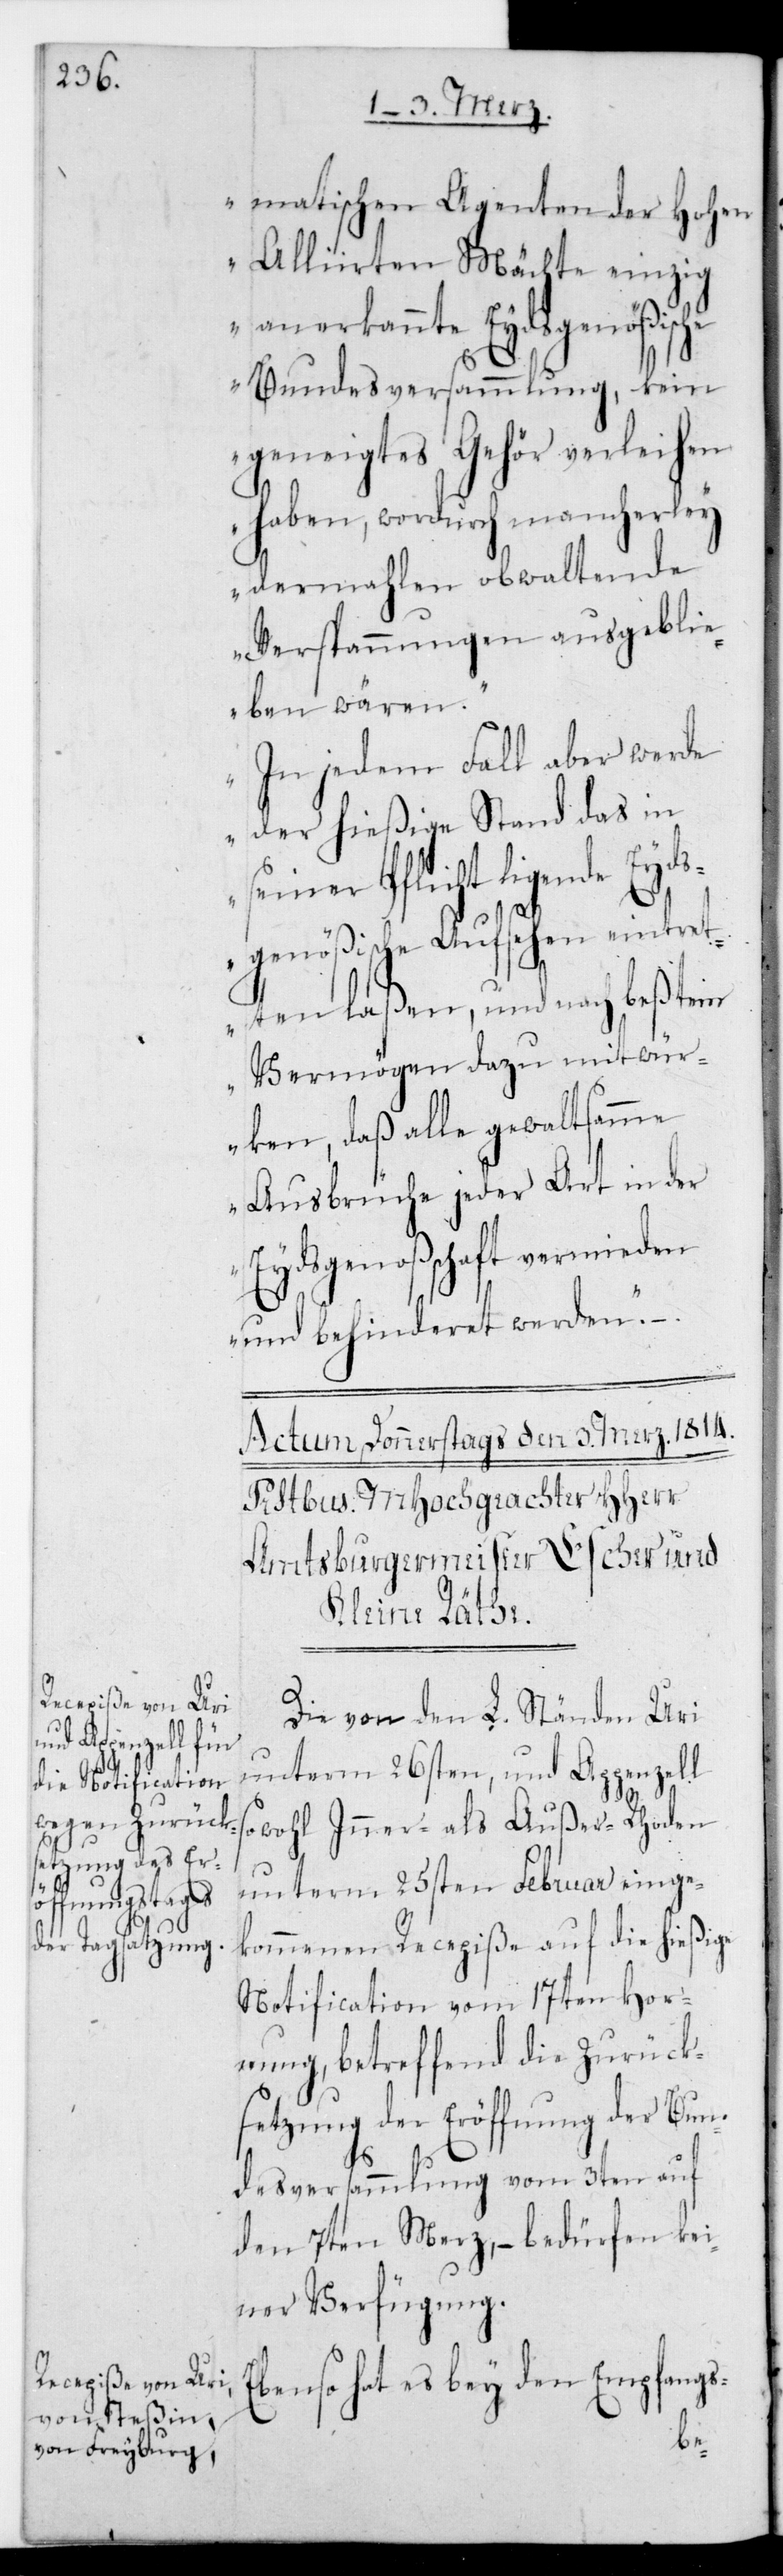
matischen Agenten der Hohen
Alliierten Mächte einzig
anerkannte Eydsgenößische
Bundesversammlung, kein
geneigtes Gehör verleihen
haben, wordurch mancherlei
dermahlen obwaltende
Verspannungen ausgeblie¬
ben wären.
In jedem Fall aber werde
der hießige Stand das in
seiner Pflicht ligende Eyd¬
sgenößische Aufsehen eintret¬
ten laßen, und nach bestem
Vermögen dazu mitwür¬
ken, daß alle gewaltsamme
Ausbrüche jeder Art in der
Eydsgenoßenschaft vermieden
und behinderet werden.“ –.
Die von den L. Ständen Uri
unterm 26sten und Appenzell
sowohl Inner- als Außer-Rhoden
unterm 25sten Februar einge¬
kommenen Recepiße auf die hießige
Notification vom 17ten Hor¬
nung, betreffend die Zurück¬
setzung der Eröffnung der Bun¬
desversammlung vom 3ten auf
den 7ten Merz, – bedürfen kei¬
ner Verfügung.
Ebenso hat es bey den Empfangs-